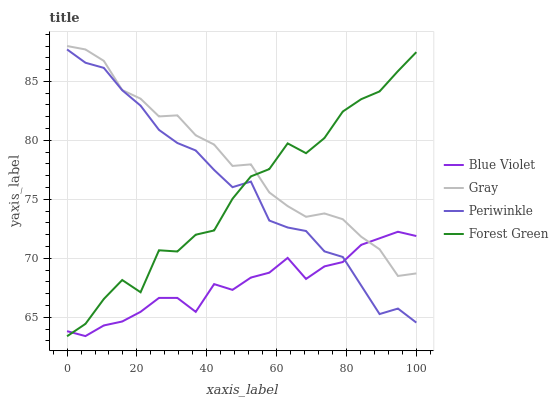
| xaxis_label | Blue Violet | Gray | Periwinkle | Forest Green |
 | --- | --- | --- | --- | --- |
 | 0 | 63.8 | 88 | 87.7 | 63.4 |
 | 5.26 | 63.4 | 87.7 | 86.6 | 64.4 |
 | 10.5 | 64.3 | 86.7 | 86.1 | 66.5 |
 | 15.8 | 64.6 | 84.3 | 84.3 | 68.2 |
 | 21.1 | 65.5 | 83.5 | 82.9 | 67.1 |
 | 26.3 | 66.6 | 82 | 80.9 | 70.7 |
 | 31.6 | 66.6 | 82.1 | 79.8 | 70.6 |
 | 36.8 | 65.5 | 80.4 | 79.1 | 72 |
 | 42.1 | 67.8 | 79.6 | 77.5 | 72.4 |
 | 47.4 | 67.3 | 77.8 | 76 | 75 |
 | 52.6 | 68.4 | 78 | 76.5 | 76.9 |
 | 57.9 | 68.8 | 75.6 | 73.2 | 77.6 |
 | 63.2 | 70 | 74.4 | 72.6 | 79.7 |
 | 68.4 | 68.2 | 73.5 | 72.3 | 78.9 |
 | 73.7 | 69.3 | 73.8 | 70.6 | 80.2 |
 | 78.9 | 69.7 | 73.3 | 70.1 | 82.4 |
 | 84.2 | 71.1 | 71.8 | 67.7 | 83.5 |
 | 89.5 | 71.7 | 70.8 | 65.3 | 84.1 |
 | 94.7 | 72.2 | 68.5 | 65.7 | 85.9 |
 | 100 | 71.9 | 68.7 | 64.5 | 87.5 |